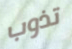
تذوب